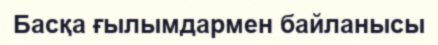
Басқа ғылымдармен байланысы